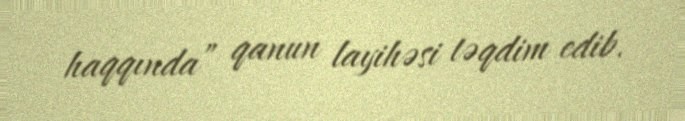
haqqında” qanun layihəsi təqdim edib.